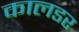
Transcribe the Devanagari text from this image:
कालडर